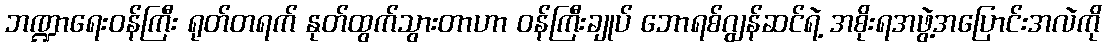
ဘဏ္ဍာရေးဝန်ကြီး ရုတ်တရက် နုတ်ထွက်သွားတာဟာ ဝန်ကြီးချုပ် ဘောရစ်ဂျွန်ဆင်ရဲ့ အစိုးရအဖွဲ့အပြောင်းအလဲကို